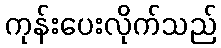
ကုန်းပေးလိုက်သည်